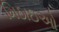
મિઠાઇઓ